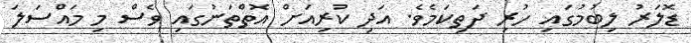
ޑޮލަރު ލިބުމުގައި ހުރި ދަތިކަމެވެ. އަދި ކުރިއަށް އޮތްތަނުގައި ވެސް މި މައްސަލަ